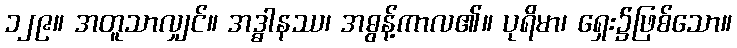
၁၂၉။ အတူသာလျှင်။ အဒ္ဓါနဿ၊ အဓွန့်ကာလ၏။ ပုရိမာ၊ ရှေး၌ဖြစ်သော။